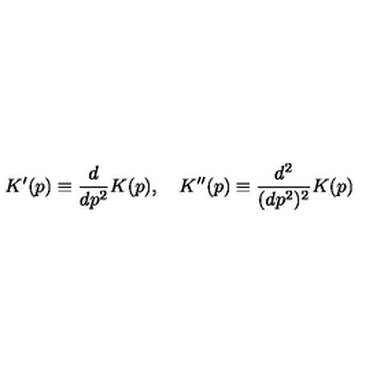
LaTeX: K ^ { \prime } ( p ) \equiv \frac { d } { d p ^ { 2 } } K ( p ) , \quad K ^ { \prime \prime } ( p ) \equiv \frac { d ^ { 2 } } { ( d p ^ { 2 } ) ^ { 2 } } K ( p )